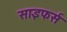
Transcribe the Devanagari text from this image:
साइफर्स